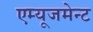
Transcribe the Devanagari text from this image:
एम्‍यूजमेन्‍ट